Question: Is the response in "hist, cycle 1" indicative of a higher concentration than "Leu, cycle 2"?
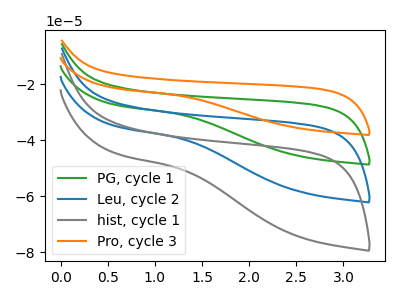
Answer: <think>The green curve "PG, cycle 1" has no peaks. The blue curve "Leu, cycle 2" has no peaks. The gray curve "hist, cycle 1" has no peaks. The orange curve "Pro, cycle 3" has no peaks.
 Neither "hist, cycle 1" or "Leu, cycle 2" have any peaks.</think>
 <answer>I cant tell if "hist, cycle 1" or "Leu, cycle 2" has more signal.</answer>
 <eval>mixed_signal</eval>